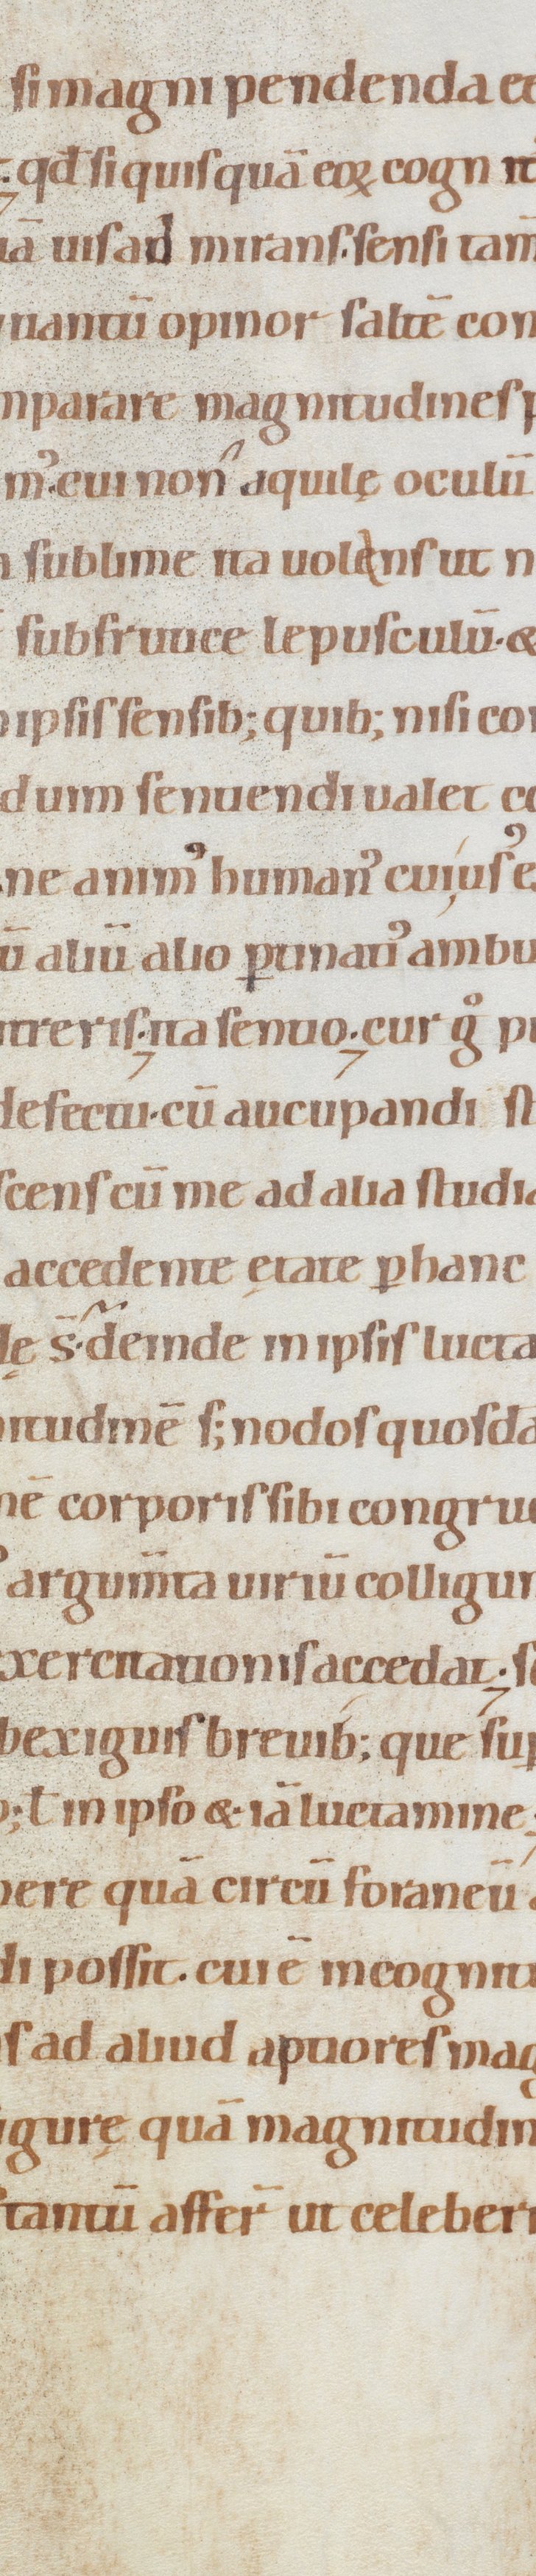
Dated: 1080–1096